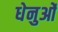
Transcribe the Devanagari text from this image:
धेनुओं